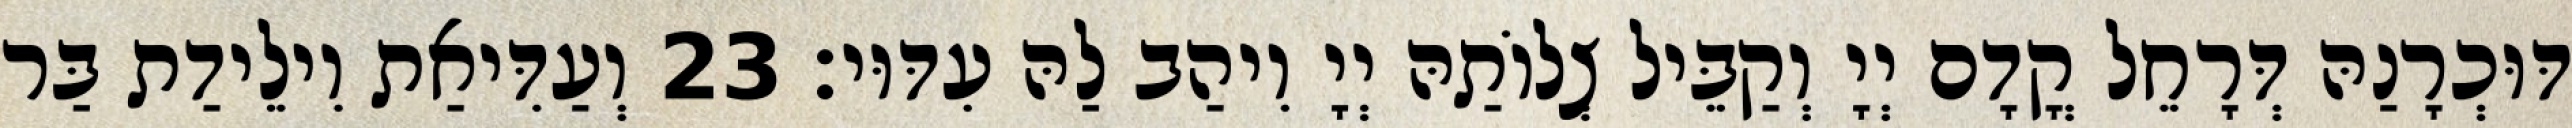
דּוּכְרָנַהּ דְּרָחֵל קֳדָם יְיָ וְקַבֵּיל צְלוֹתַהּ יְיָ וִיהַב לַהּ עִדּוּי׃ 23 וְעַדִּיאַת וִילֵידַת בַּר